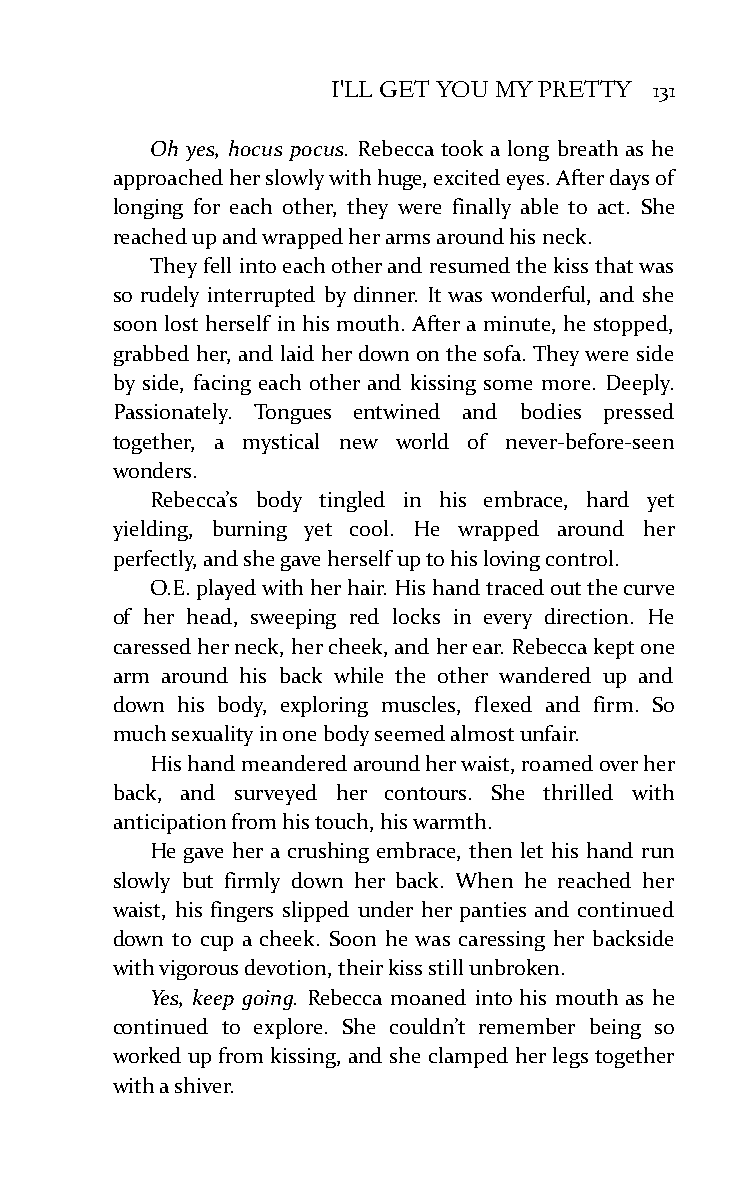
I'LL GET YOU MY PRETTY 131
 Oh yes, hocus pocus. Rebecca took a long breath as he
 approached her slowly with huge, excited eyes. After days of
 longing for each other, they were finally able to act. She
 reached up and wrapped her arms around his neck.
 They fell into each other and resumed the kiss that was
 so rudely interrupted by dinner. It was wonderful, and she
 soon lost herself in his mouth. After a minute, he stopped,
 grabbed her, and laid her down on the sofa. They were side
 by side, facing each other and kissing some more. Deeply.
 Passionately. Tongues entwined and bodies pressed
 together, a mystical new world of never-before-seen
 wonders.
 Rebecca’s body tingled in his embrace, hard yet
 yielding, burning yet cool. He wrapped around her
 perfectly, and she gave herself up to his loving control.
 O.E. played with her hair. His hand traced out the curve
 of her head, sweeping red locks in every direction. He
 caressed her neck, her cheek, and her ear. Rebecca kept one
 arm around his back while the other wandered up and
 down his body, exploring muscles, flexed and firm. So
 much sexuality in one body seemed almost unfair.
 His hand meandered around her waist, roamed over her
 back, and surveyed her contours. She thrilled with
 anticipation from his touch, his warmth.
 He gave her a crushing embrace, then let his hand run
 slowly but firmly down her back. When he reached her
 waist, his fingers slipped under her panties and continued
 down to cup a cheek. Soon he was caressing her backside
 with vigorous devotion, their kiss still unbroken.
 Yes, keep going. Rebecca moaned into his mouth as he
 continued to explore. She couldn’t remember being so
 worked up from kissing, and she clamped her legs together
 with a shiver.